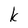
Character: k